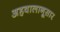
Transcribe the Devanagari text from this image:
अहवालानूसार